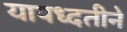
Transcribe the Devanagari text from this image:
यापध्दतीने